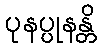
ပုနပ္ပုနန္တိ